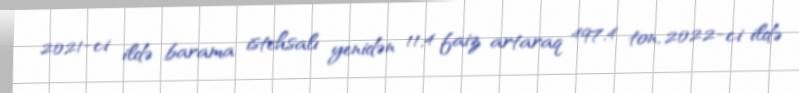
2021-ci ildə barama istehsalı yenidən 11,4 faiz artaraq 497,4 ton, 2022-ci ildə